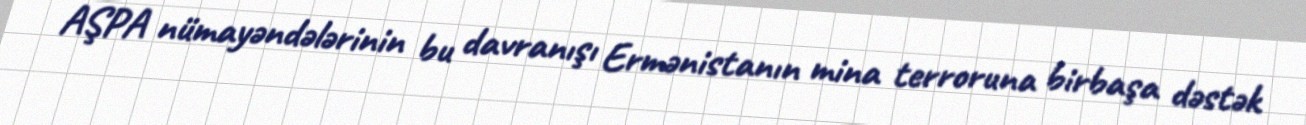
AŞPA nümayəndələrinin bu davranışı Ermənistanın mina terroruna birbaşa dəstək